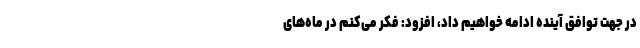
در جهت توافق آینده ادامه خواهیم داد، افزود: فکر می‌کنم در ماه‌های